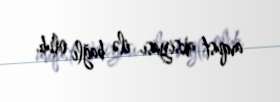
avqust aksiyası ilə bağlı olub.